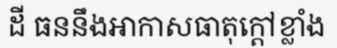
ដី ធននឹងអាកាសធាតុក្តៅខ្លាំង